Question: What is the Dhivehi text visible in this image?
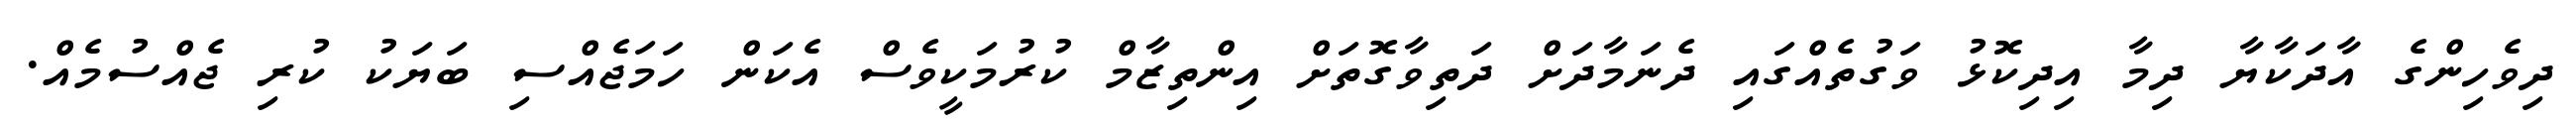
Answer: ދިވެހިންގެ އާދަކާޔާ ދިމާ އިދިކޮޅު ވަގުތެއްގައި ދެނަމާދަށް ދަތިވާގޮތަށް އިންތިޒާމް ކުރުމަކީވެސް އެކަން ހަމަޖެއްސި ބަޔަކު ކުރި ޖެއްސުމެއް.